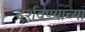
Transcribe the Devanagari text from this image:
दर्शवण्याच्या